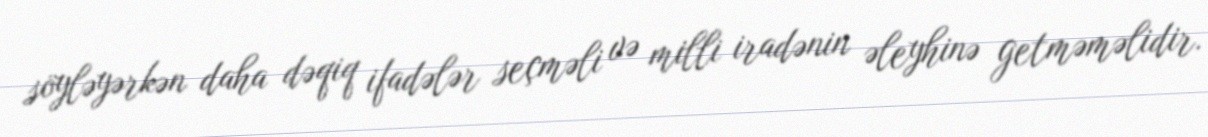
söyləyərkən daha dəqiq ifadələr seçməli və milli iradənin əleyhinə getməməlidir.